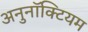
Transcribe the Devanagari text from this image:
अनुनॉक्टियम